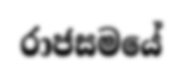
රාජසමයේ